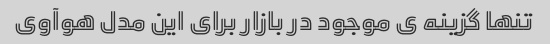
تنها گزینه ی موجود در بازار برای این مدل هوآوی